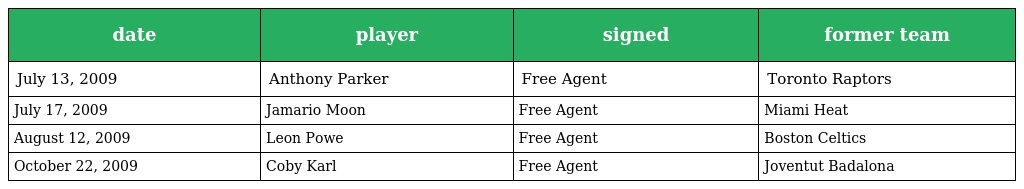
| date | player | signed | former team |
 | --- | --- | --- | --- |
 | July 13, 2009 | Anthony Parker | Free Agent | Toronto Raptors |
 | July 17, 2009 | Jamario Moon | Free Agent | Miami Heat |
 | August 12, 2009 | Leon Powe | Free Agent | Boston Celtics |
 | October 22, 2009 | Coby Karl | Free Agent | Joventut Badalona |